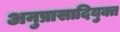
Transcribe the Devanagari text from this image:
अनुप्रासादियुक्त